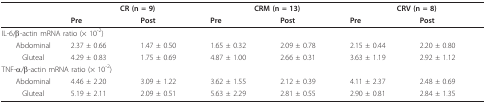
<table><thead><tr><td></td><td colspan="2"><b>CR (n = 9)</b></td><td colspan="2"><b>CRM (n = 13)</b></td><td colspan="2"><b>CRV (n = 8)</b></td></tr><tr><td></td><td><b>Pre</b></td><td><b>Post</b></td><td><b>Pre</b></td><td><b>Post</b></td><td><b>Pre</b></td><td><b>Post</b></td></tr></thead><tbody><tr><td colspan="3">IL-6/β-actin mRNA ratio (× 10<sup>-2</sup>)</td><td></td><td></td><td></td><td></td></tr><tr><td>Abdominal</td><td>2.37 ± 0.66</td><td>1.47 ± 0.50</td><td>1.65 ± 0.32</td><td>2.09 ± 0.78</td><td>2.15 ± 0.44</td><td>2.20 ± 0.80</td></tr><tr><td>Gluteal</td><td>4.29 ± 0.83</td><td>1.75 ± 0.69</td><td>4.87 ± 1.00</td><td>2.66 ± 0.31</td><td>3.63 ± 1.19</td><td>2.92 ± 1.12</td></tr><tr><td colspan="3">TNF-α/β-actin mRNA ratio (× 10<sup>-2</sup>)</td><td></td><td></td><td></td><td></td></tr><tr><td>Abdominal</td><td>4.46 ± 2.20</td><td>3.09 ± 1.22</td><td>3.62 ± 1.55</td><td>2.12 ± 0.39</td><td>4.11 ± 2.37</td><td>2.48 ± 0.69</td></tr><tr><td>Gluteal</td><td>5.19 ± 2.11</td><td>2.09 ± 0.51</td><td>5.63 ± 2.29</td><td>2.81 ± 0.55</td><td>2.90 ± 0.81</td><td>2.84 ± 1.35</td></tr></tbody></table>